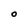
Character: O